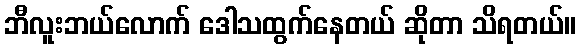
ဘီလူးဘယ်လောက် ဒေါသထွက်နေတယ် ဆိုတာ သိရတယ်။